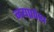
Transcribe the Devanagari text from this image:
नयप्रवेश